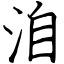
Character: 洎